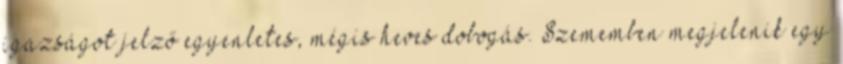
igazságot jelző egyenletes, mégis heves dobogás. Szememben megjelenik egy